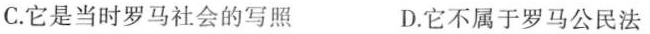
C.它是当时罗马社会的写照 D.它不属于罗马公民法